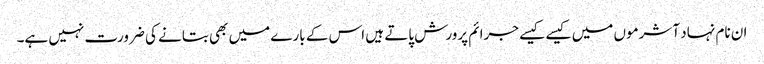
ان نام نہاد آشرموں میں کیسے کیسے جرائم پرورش پاتے ہیں اس کے بارے میں بھی بتانے کی ضرورت نہیں ہے۔